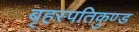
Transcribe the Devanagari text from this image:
बृहस्पतिकुण्ड